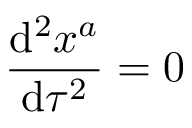
{ \frac { \mathrm { d } ^ { 2 } x ^ { a } } { \mathrm { d } \tau ^ { 2 } } } = 0